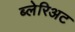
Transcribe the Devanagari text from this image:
ब्लेरिअट